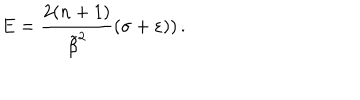
E = \frac { 2 ( n + 1 ) } { \tilde { \beta } ^ { 2 } } \left( \sigma + \varepsilon ) \right) .